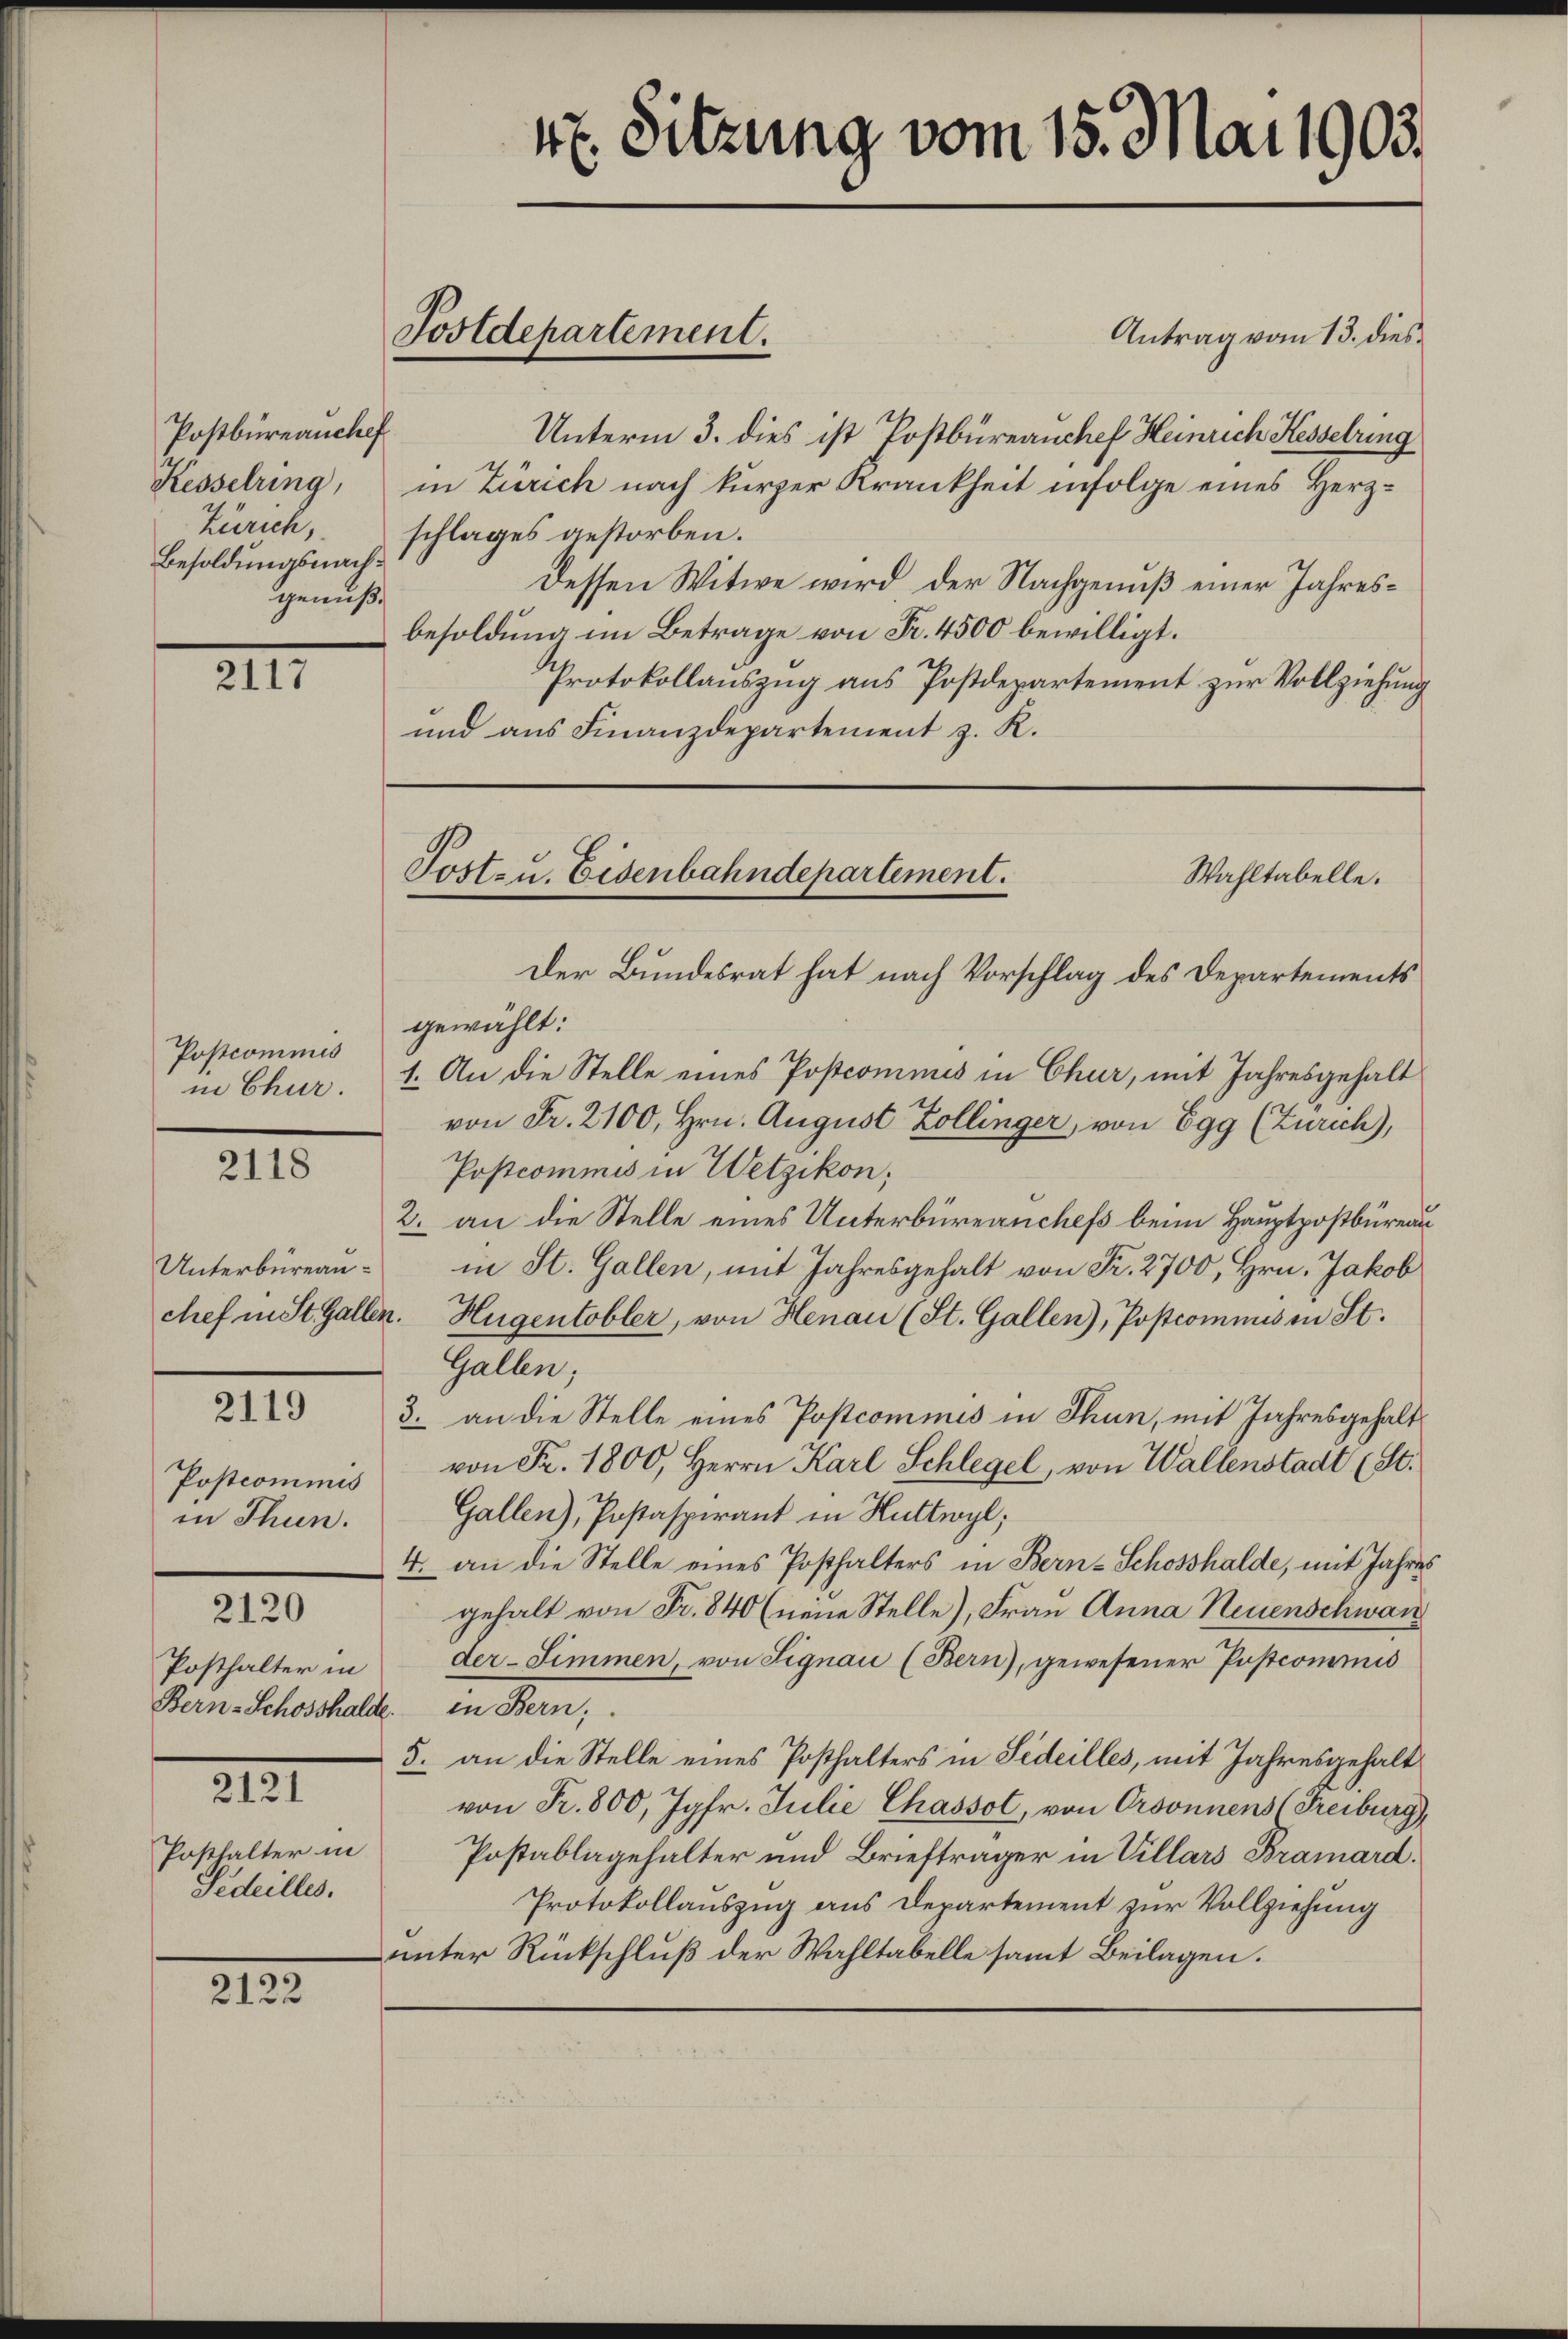
Postbüreauchef
Kesselring,
Zürich,
Besoldungsnachgenuß.

XIII

Postcommis
in Chur.

2118

2119

Postcommis
in Thun.

2120
Posthalter in

.

Posthalter in
Gedeilles.

.

Unterbüreau¬

Antrag vom 13. dies
Unterm 3. dies ist Postbüreauchef Heinrich Hesselring
in Zürich nach kurzer Krankheit infolge eines Herzschlages gestorben.
Dessen Witwe wird der Nachgenuß einer Jahresbesoldung im Betrage von Fr. 4500 bewilligt.
Protokollauszug aus Postdepartement zur Vollziehung
und aus Finanzdepartement z. R.

4x. Sitzung vom 15. Mai 1903.

Postdepartement.

Der Bundesrat hat nach Vorschlag des Departements
gewählt:
1. An die Stelle eines Postcommes in Chur, mit Jahresgehalt
von Fr. 2100, Hrn. August Zollinger, von Egg (Zürich),
Postcommis in Wetzikon;
2. an die Stelle eines Unterbüreanches beim Hauptpostbüreau
in St. Gallen, mit Jahresgehalt von Fr. 2700, Hrn. Jakob
chef in St. Gallen. Hugentobler, von Henau (St. Gallen), Postcommis in St.
Gallen;
3. an die Stelle eines Postcommis in Thun, mit Jahresgehalt
von Fr. 1800, Herrn Karl Schlegel, von Wallenstadt (St.
Gallen), Postaspirant in Huttwyl,
4. an die Stelle eines Posthalters in Bern-Schosshalde, mit Jahres
gehalt von Fr. 840 (neue Stelle), Frau Anna Neuenschwan
der-Simmen, von Signau (Bern), gewesener Postconomis
Bern Schoshalte in Bern,
5. an die Stelle eines Posthalters in Fideilles, mit Jahresgehalt
von Fr. 800, Jgfr. Julie Chassol, von Ordonnens (Freiburg),
Postablagehalter und Briefträger in Villars Bramard.
Protokollauszug aus Departement zur Vollziehung
unter Rückschluß der Wahltabelle samt Beilagen.

Tostzu. Eisenbahndepartement.
Wahltabelle.